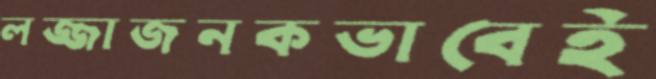
লজ্জাজনকভাবেই